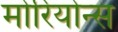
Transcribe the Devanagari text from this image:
मोरियोन्स